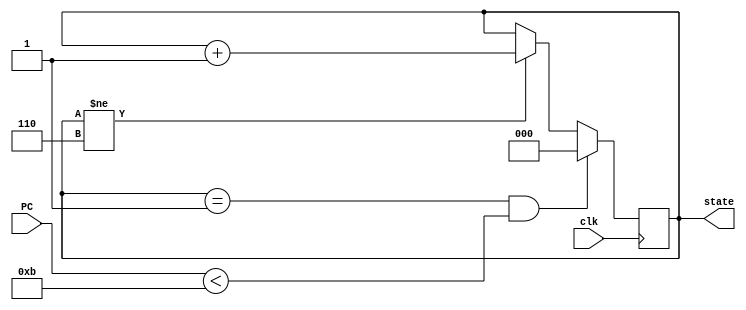
`timescale 1ns / 1ps
//////////////////////////////////////////////////////////////////////////////////
// Company: 
// Engineer: 
// 
// Design Name: 
// Module Name:    MIPS_Processor 
// Project Name: 
// Target Devices: 
// Tool versions: 
// Description: 
//
// Dependencies: 
//
// Revision: 
// Revision 0.01 - File Created
// Additional Comments:
//
//////////////////////////////////////////////////////////////////////////////////
`define FETCH 0
`define DECODE 1
`define REGFILE 2
`define EXECUTE 3
`define MEMORY 4
`define WRITE 5
`define FINAL 6
`define READ  2'b00
`define WRITE 2'b01
`define IDLE  2'b10

module state_change(clk, state, PC);
   	input clk;
   	input [7:0] PC;
	output reg [2:0] state;

	initial 
	   	state = `FETCH;
	
	always @ (posedge clk) begin
	   	if ((state == `WRITE) && (PC < 11)) begin
         		state <= `FETCH;
		end
		else if (state != `FINAL) begin
		   	state <= state + 1;
		end
	end
endmodule

module fetch(clk, state, PC, instr);
   	input clk;
	input [2:0] state;
	input [7:0] PC;
	output reg [31:0] instr;
	reg [31:0] stored_instruction [0:10];
	
	initial begin
		instr = 0;
		stored_instruction[0] = 32'b10001100000000010000000000000000;	
		stored_instruction[1] = 32'b10001100000000100000000000000001;	
		stored_instruction[2] = 32'b10001100000000110000000000000010;	
		stored_instruction[3] = 32'b00100100000001000000000000000000;
		stored_instruction[4] = 32'b00100100001001010000000000000000;
		stored_instruction[5] = 32'b00000000101000100011000000101010;
		stored_instruction[6] = 32'b00010000110000000000000000000101;
		stored_instruction[7] = 32'b00000000100001010010000000100001;
		stored_instruction[8] = 32'b00000000101000110010100000100001;
		stored_instruction[9] = 32'b00000000101000100011000000101010;
		stored_instruction[10] = 32'b00010100110000001111111111111101;
	end
	always @(posedge clk) begin
	   	if (state == `FETCH) begin
		   	instr <= stored_instruction[PC];
		end
	end
endmodule

module decode(clk, state, instr, opcode, rs, rt, rd, immediate, funct);
   	input clk;
	input [2:0] state;
	input [31:0] instr;
	output reg [5:0] opcode, funct;
	output reg [4:0] rs, rt, rd;
	output reg [15:0] immediate;
	
	always @ (posedge clk) begin
	   	if (state == `DECODE) begin
		   	opcode <= instr[31:26];
			rs <= instr[25:21];
			rt <= instr[20:16];
			rd <= instr[15:11];
			immediate <= instr[15:0];
			funct <= instr[5:0];
		end
	end
endmodule

module reg_file(clk, state, rs, rt, rd, result, isValid, rs_value, rt_value);
   	input clk;
	input [2:0] state;
	input [4:0] rs, rt, rd;
	input [7:0] result;
	input isValid;
	
	output reg [7:0] rs_value, rt_value;
	reg [7:0] register [0:31];
	
	initial begin
	   	register[0] = 0;
		register[1] = 0;
		register[2] = 0;
		register[3] = 0;
		register[4] = 0;
		register[5] = 0;
		register[6] = 0;
		register[7] = 0;
		register[8] = 0;
		register[9] = 0;
		register[10] = 0;
		register[11] = 0;
		register[12] = 0;
		register[13] = 0;
		register[14] = 0;
		register[15] = 0;
		register[16] = 0;
		register[17] = 0;
		register[18] = 0;
		register[19] = 0;
		register[20] = 0;
		register[21] = 0;
		register[22] = 0;
		register[23] = 0;
		register[24] = 0;
		register[25] = 0;
		register[26] = 0;
		register[27] = 0;
		register[28] = 0;
		register[29] = 0;
		register[30] = 0;
		register[31] = 0;
	end
	
	always @(posedge clk) begin
	   	if (state == `REGFILE) begin
		   	rs_value <= register[rs];
			rt_value <= register[rt];
		end
		else if ((state == `WRITE) && (rd != 0) && (isValid == 1)) begin
		   	register[rd] <= result;
		end
		else if (state == `FINAL) 
		   	rs_value <= register[4];
	end
endmodule

module execute(clk, state, opcode, rs_value, rt_value, immediate, funct, PC, result, isValid);
   	input clk;
	input [2:0] state;
	input [5:0] opcode, funct;
	input [7:0] rs_value, rt_value;
	input [15:0] immediate;
	
	output reg [7:0] result, PC;
	output reg isValid;
	initial begin
	   	isValid = 0;
		PC = 0;
	end
	
	always @ (posedge clk) begin
	   	if (state == `EXECUTE) begin
		   	if ((opcode == 6'b000000) && (funct == 6'b100001)) begin
			   	result <= rs_value + rt_value;
				PC <= PC + 1;
				isValid <= 1;
			end
			else if ((opcode ==  6'b000000) && (funct ==  6'b100011)) begin
			   	result <= (rs_value - rt_value);
				PC <= PC + 1;
				isValid <= 1;
			end
			else if ((opcode ==  6'b000000) && (funct ==  6'b101010)) begin
				if($signed(rs_value) < $signed(rt_value)) begin
				   	result <= 8'b00000001;
				end
				else begin
				   	result <= 8'b00000000;
				end
				isValid <= 1;
				PC <= PC + 1;
			end
			else if ((opcode == 6'b001001) || (opcode ==  6'b100011)) begin
			   	result <= rs_value + immediate[7:0];
				isValid <= 1;
				PC <= PC + 1;
			end
			else if (opcode ==  6'b000100) begin
				if (rs_value == rt_value) begin
				   	PC <= PC + immediate[7:0];
				end
				else begin
				   	PC <= PC + 1;
				end
				isValid <= 0;
			end
			else if (opcode ==  6'b000101) begin
				if (rs_value != rt_value) begin
				   	PC <= PC + immediate[7:0];
				end
				else begin
				   	PC <= PC + 1;
				end
				isValid <= 0;
			end
			else begin
			   	isValid <= 0;
				PC <= PC + 1;
			end
		end
	end
endmodule

module memory(clk, state, address, op, storev, loadv);
   	input clk;
	input [2:0] state;
	input [7:0] address, storev;
	input [1:0] op;
	
	output reg [7:0] loadv;
	reg [7:0] stored_Data [0:2];
	
	initial begin
	   	stored_Data[0] = 8'b11101100;	// a = -20
		stored_Data[1] = 8'b00001010;	// b = 10
		stored_Data[2] = 8'b00000010;	// c = 2
	end
	
	always @ (posedge clk) begin
	   	if (state == `MEMORY) begin
		   	if (op == `READ) begin
			   	loadv <= stored_Data[address];
			end
			else if (op == `WRITE) begin
			   	stored_Data[address] <= storev;
			end
		end
	end
endmodule

module MIPS_Processor(clk, led
	);
   	input clk;
	output reg[7:0] led;
	wire [7:0] PC, result, rs_value, rt_value, loadv;
	wire [2:0] state;
	wire [31:0] instr;
	wire [5:0] opcode, func;
	wire [4:0] rs, rt, rd;
	wire [15:0] immediate;
	wire isValid;

	state_change uut(clk, state, PC);
	fetch uut2(clk, state, PC, instr);
	decode uut3(clk, state, instr, opcode, rs, rt, rd, immediate, func);
	reg_file uut4(clk, state, rs, rt, (opcode == 6'b000000) ? rd : rt, (opcode == 6'b100011) ? loadv : result, (opcode == 6'b100011) ? 1'b1 : isValid, rs_value, rt_value);
	execute uut5(clk, state, opcode, rs_value, rt_value, immediate, func, PC, result, isValid);
	memory uut6(clk, state, result, (opcode == 6'b100011) ? `READ : `IDLE, rt_value, loadv);
	
	always @ (posedge clk) begin
	   	if (state == `FINAL) begin
		   	led <= rs_value;
		end
	end
endmodule